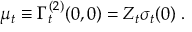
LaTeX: \mu _ { t } \equiv \Gamma _ { t } ^ { ( 2 ) } ( 0 , 0 ) = Z _ { t } \sigma _ { t } ( 0 ) \; .